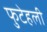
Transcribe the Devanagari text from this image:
फुटेहली